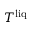
T ^ { \mathrm { l i q } }